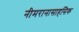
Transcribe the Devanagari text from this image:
नीमरानासाहसिक